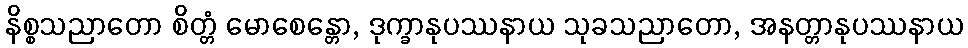
နိစ္စသညာတော စိတ္တံ မောစေန္တော, ဒုက္ခာနုပဿနာယ သုခသညာတော, အနတ္တာနုပဿနာယ